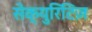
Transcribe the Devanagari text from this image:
सेक्युरिटिज़